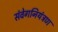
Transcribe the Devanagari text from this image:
संवेगनियंत्रण